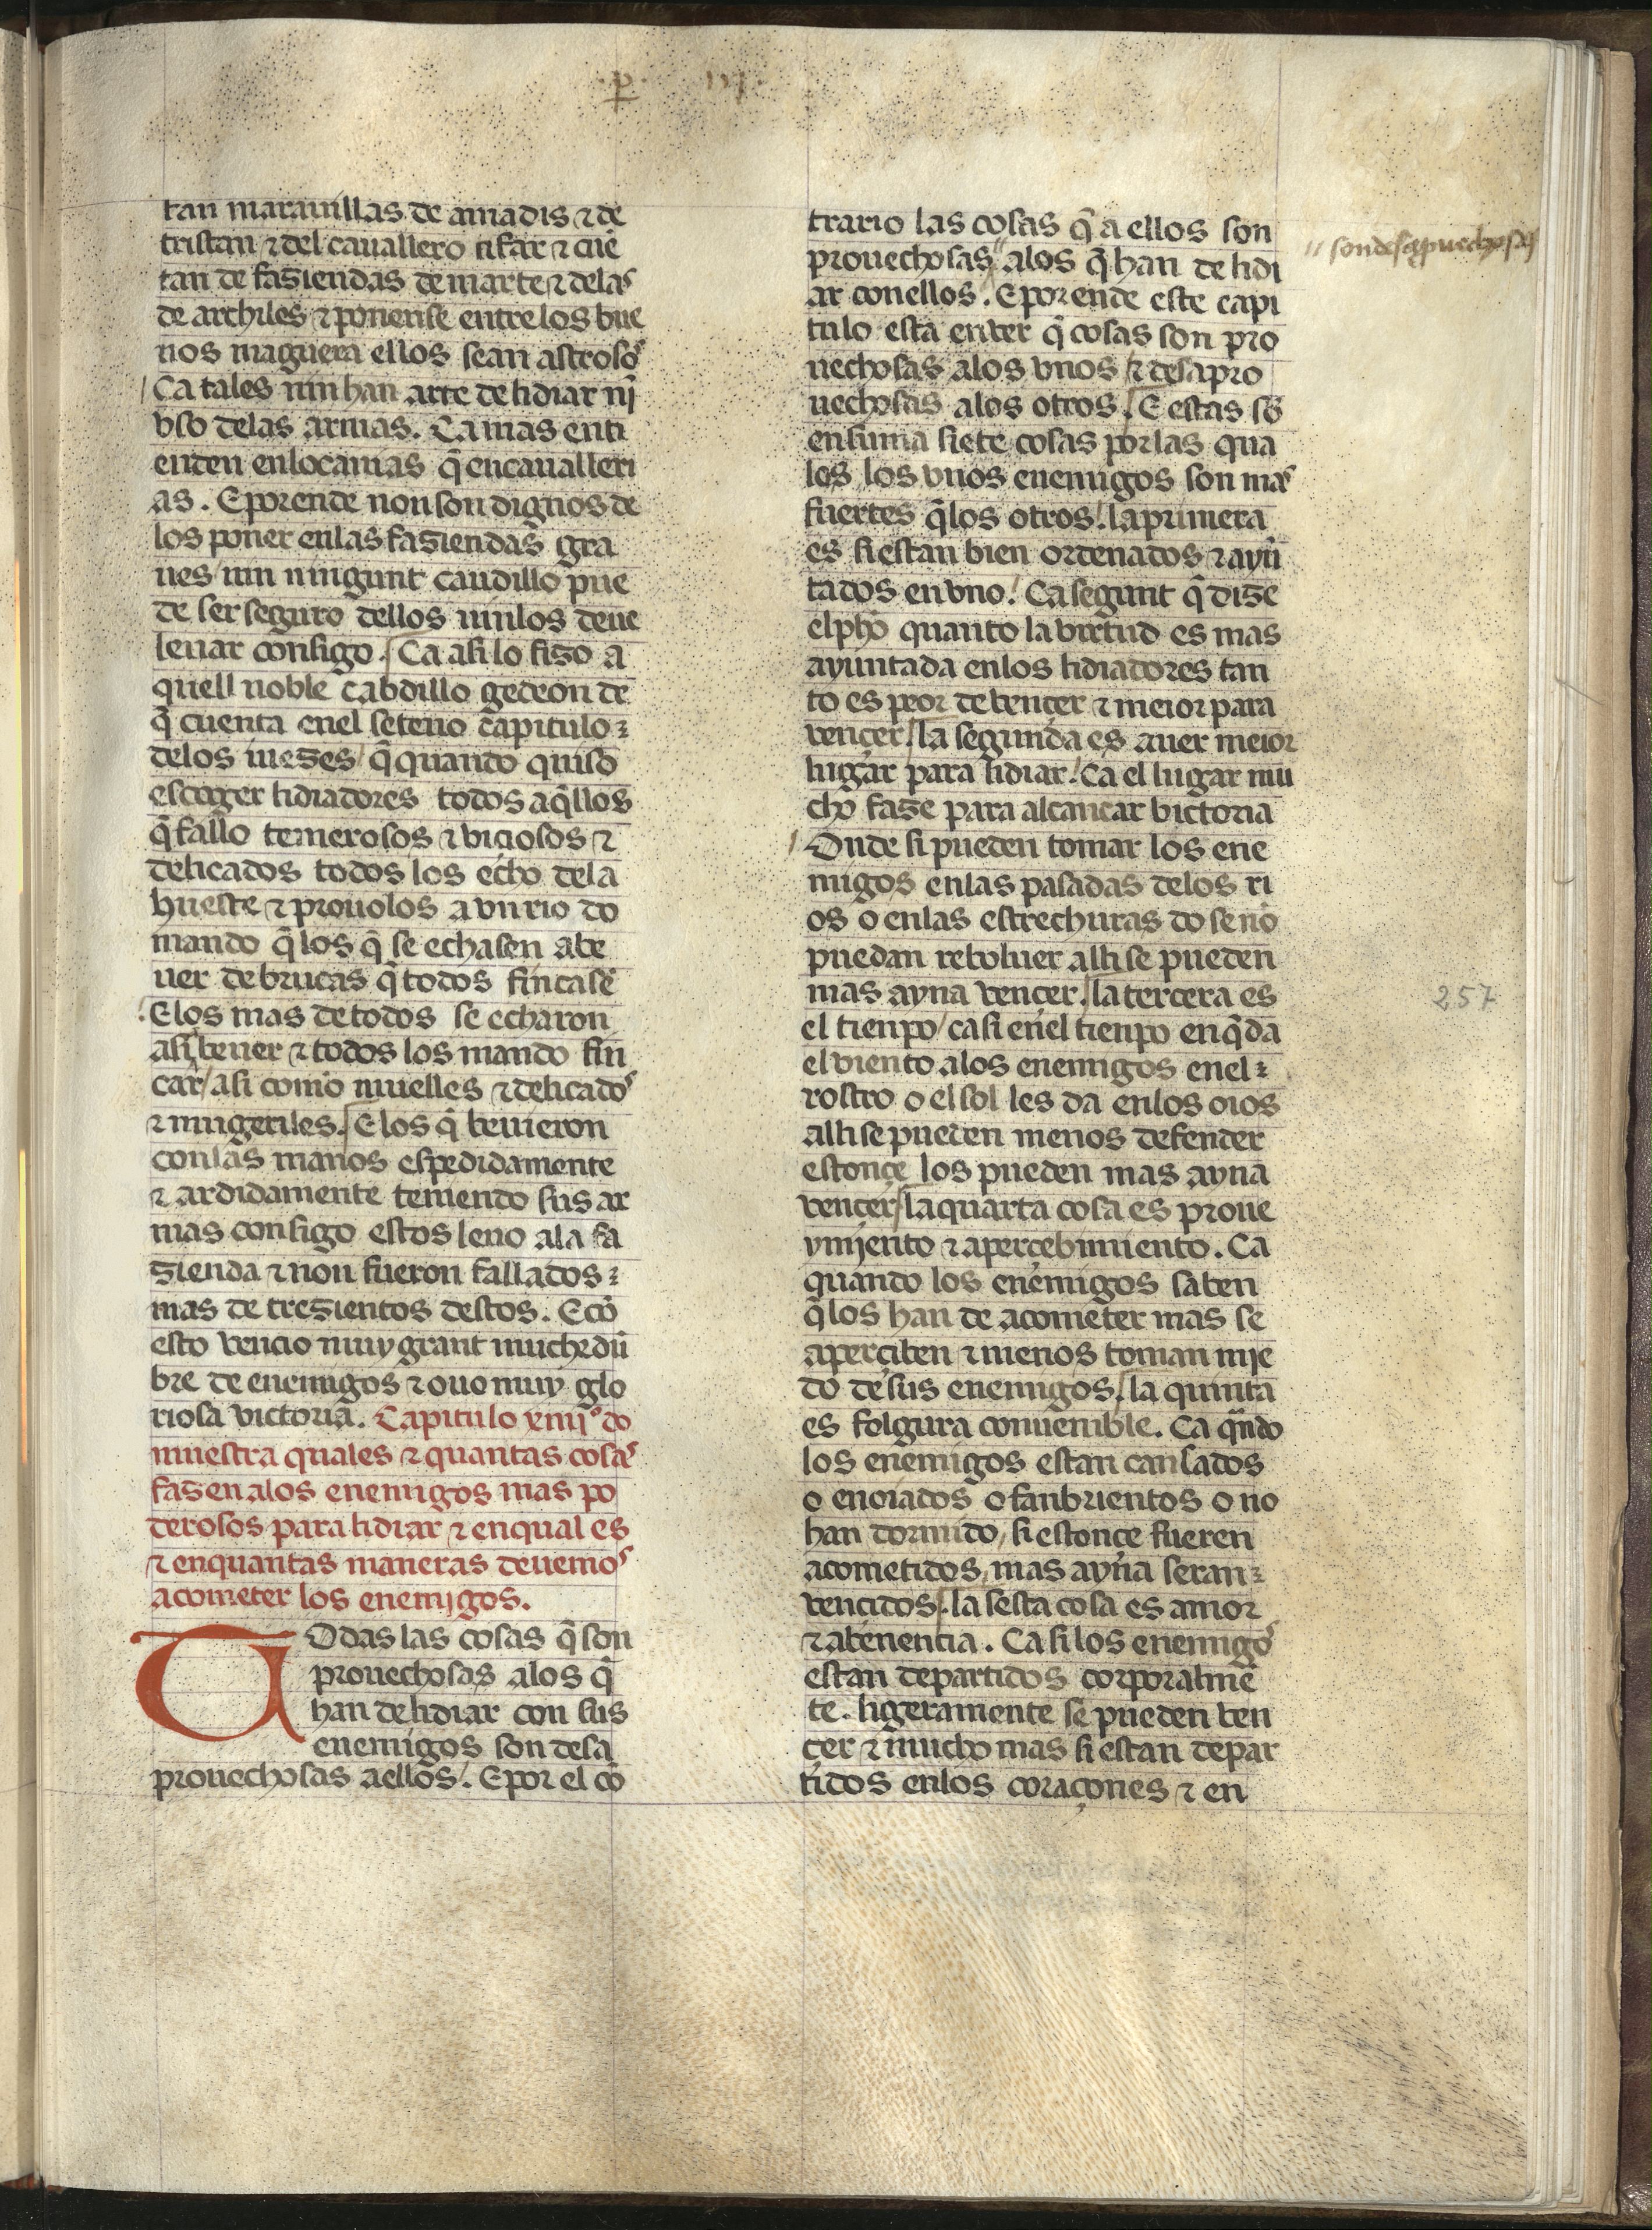
Shelfmark: Madrid, Fundación Lázaro Galdiano, mss 289
Century: 15